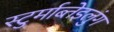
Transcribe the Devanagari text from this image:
स्टुर्माब्तेइलुंग